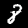
Digit: 8